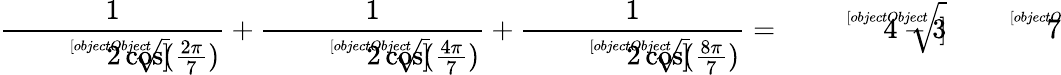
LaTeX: {\frac{1}{\sqrt[[objectObject]]{2\cos({\frac{2\pi}{7}})}}}+{\frac{1}{\sqrt[[objectObject]]{2\cos({\frac{4\pi}{7}})}}}+{\frac{1}{\sqrt[[objectObject]]{2\cos({\frac{8\pi}{7}})}}}={\sqrt[[objectObject]]{4-3{\sqrt[[objectObject]]{7}}}}